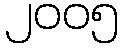
၂၀၀၅